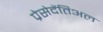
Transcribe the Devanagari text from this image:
प्रेसेदेंतिअल